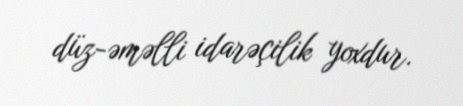
düz-əməlli idarəçilik yoxdur.